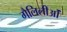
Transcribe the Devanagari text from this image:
गैलिलीओं